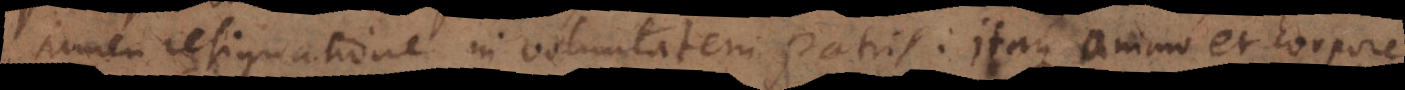
tamen resignatione in voluntatem patris. Itaque animo et corpore